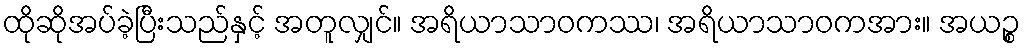
ထိုဆိုအပ်ခဲ့ပြီးသည်နှင့် အတူလျှင်။ အရိယာသာဝကဿ၊ အရိယာသာဝကအား။ အယဉ္စ